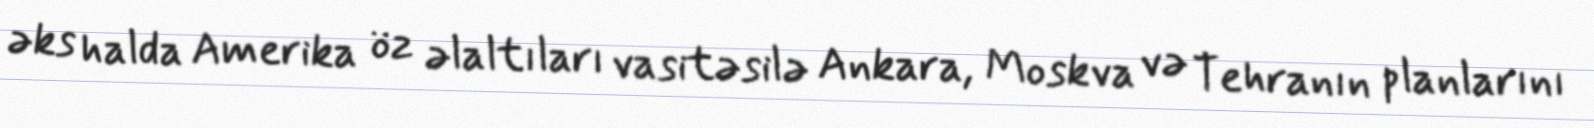
əks halda Amerika öz əlaltıları vasitəsilə Ankara, Moskva və Tehranın planlarını